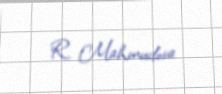
R. Mahmudova